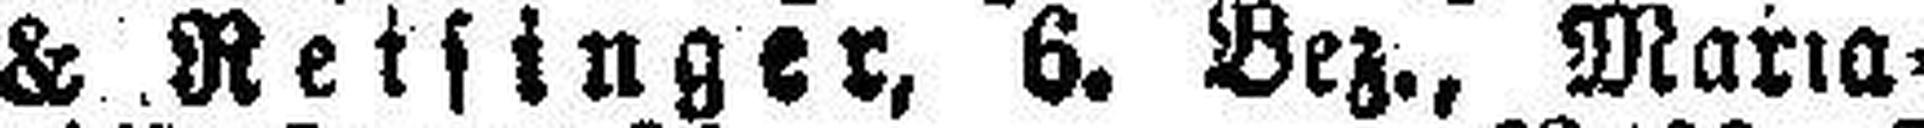
& Reisinger, 6. Bez., Maria¬